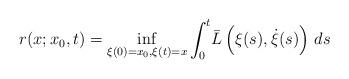
LaTeX: \begin{align*}r(x;x_0,t)=\inf_{\xi(0)=x_0, \xi(t)=x} \int_0^t \! \bar{L}\left(\xi(s),\dot{\xi}(s)\right)\, ds\end{align*}